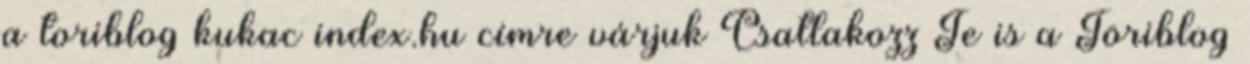
a toriblog kukac index.hu címre várjuk Csatlakozz Te is a Töriblog